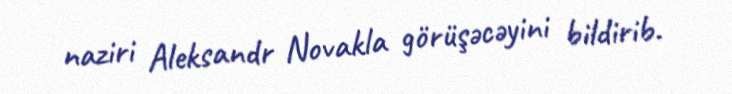
naziri Aleksandr Novakla görüşəcəyini bildirib.